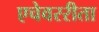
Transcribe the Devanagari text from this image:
एचेवररीता